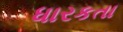
ધારકતા